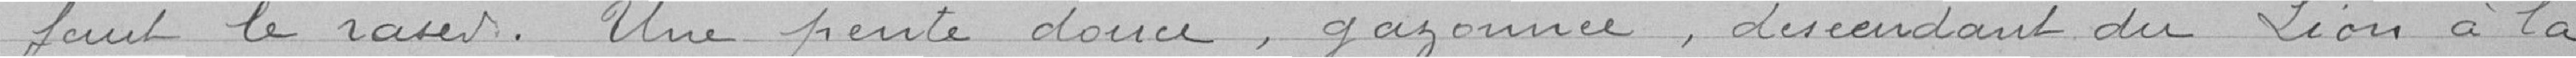
faut le raser. Une pente douce, gazonnée, descendant du Lion à la